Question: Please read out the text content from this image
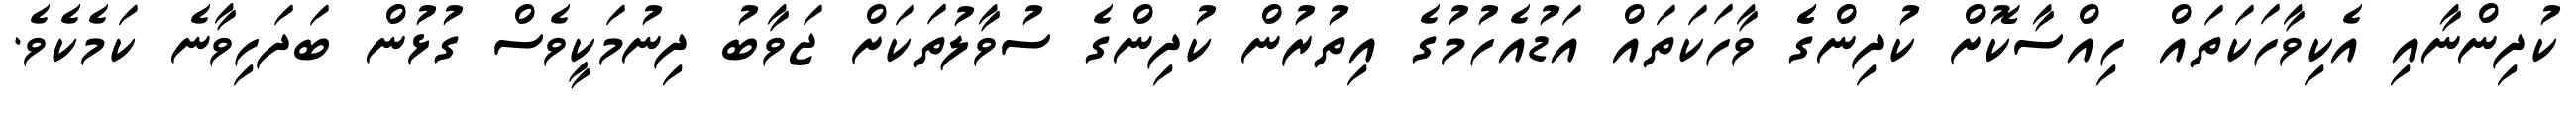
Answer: ކުދިންނާއި އެކިވާހަކަތައް ހިއްސާކޮށް ކުދިންގެެ ވާހަކަތައް އަޑުއެހުމުގެ އިތުރުން ކުދިންގެ ސުވާލުތަކަށް ޖަވާބު ދިނުމަކީވެސް ގުޅުން ބަދަހިވާނެ ކަމެކެވެ.